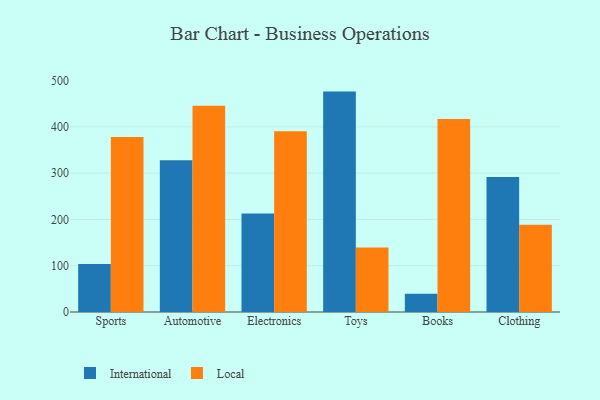
{"axis": {"x": "Category", "y": "Website Visitors"}, "legend": ["International", "Local"], "data": [{"x": "Sports", "y": 103.5, "type": "International"}, {"x": "Sports", "y": 378.3, "type": "Local"}, {"x": "Automotive", "y": 328.0, "type": "International"}, {"x": "Automotive", "y": 445.7, "type": "Local"}, {"x": "Electronics", "y": 213.0, "type": "International"}, {"x": "Electronics", "y": 390.7, "type": "Local"}, {"x": "Toys", "y": 476.2, "type": "International"}, {"x": "Toys", "y": 139.4, "type": "Local"}, {"x": "Books", "y": 39.3, "type": "International"}, {"x": "Books", "y": 416.9, "type": "Local"}, {"x": "Clothing", "y": 291.5, "type": "International"}, {"x": "Clothing", "y": 188.5, "type": "Local"}]}